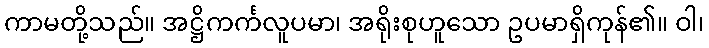
ကာမတို့သည်။ အဋ္ဌိကင်္ကလူပမာ၊ အရိုးစုဟူသော ဥပမာရှိကုန်၏။ ဝါ၊